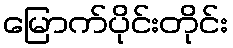
မြောက်ပိုင်းတိုင်း